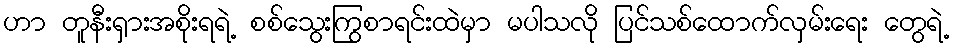
ဟာ တူနီးရှားအစိုးရရဲ့ စစ်သွေးကြွစာရင်းထဲမှာ မပါသလို ပြင်သစ်ထောက်လှမ်းရေး တွေရဲ့